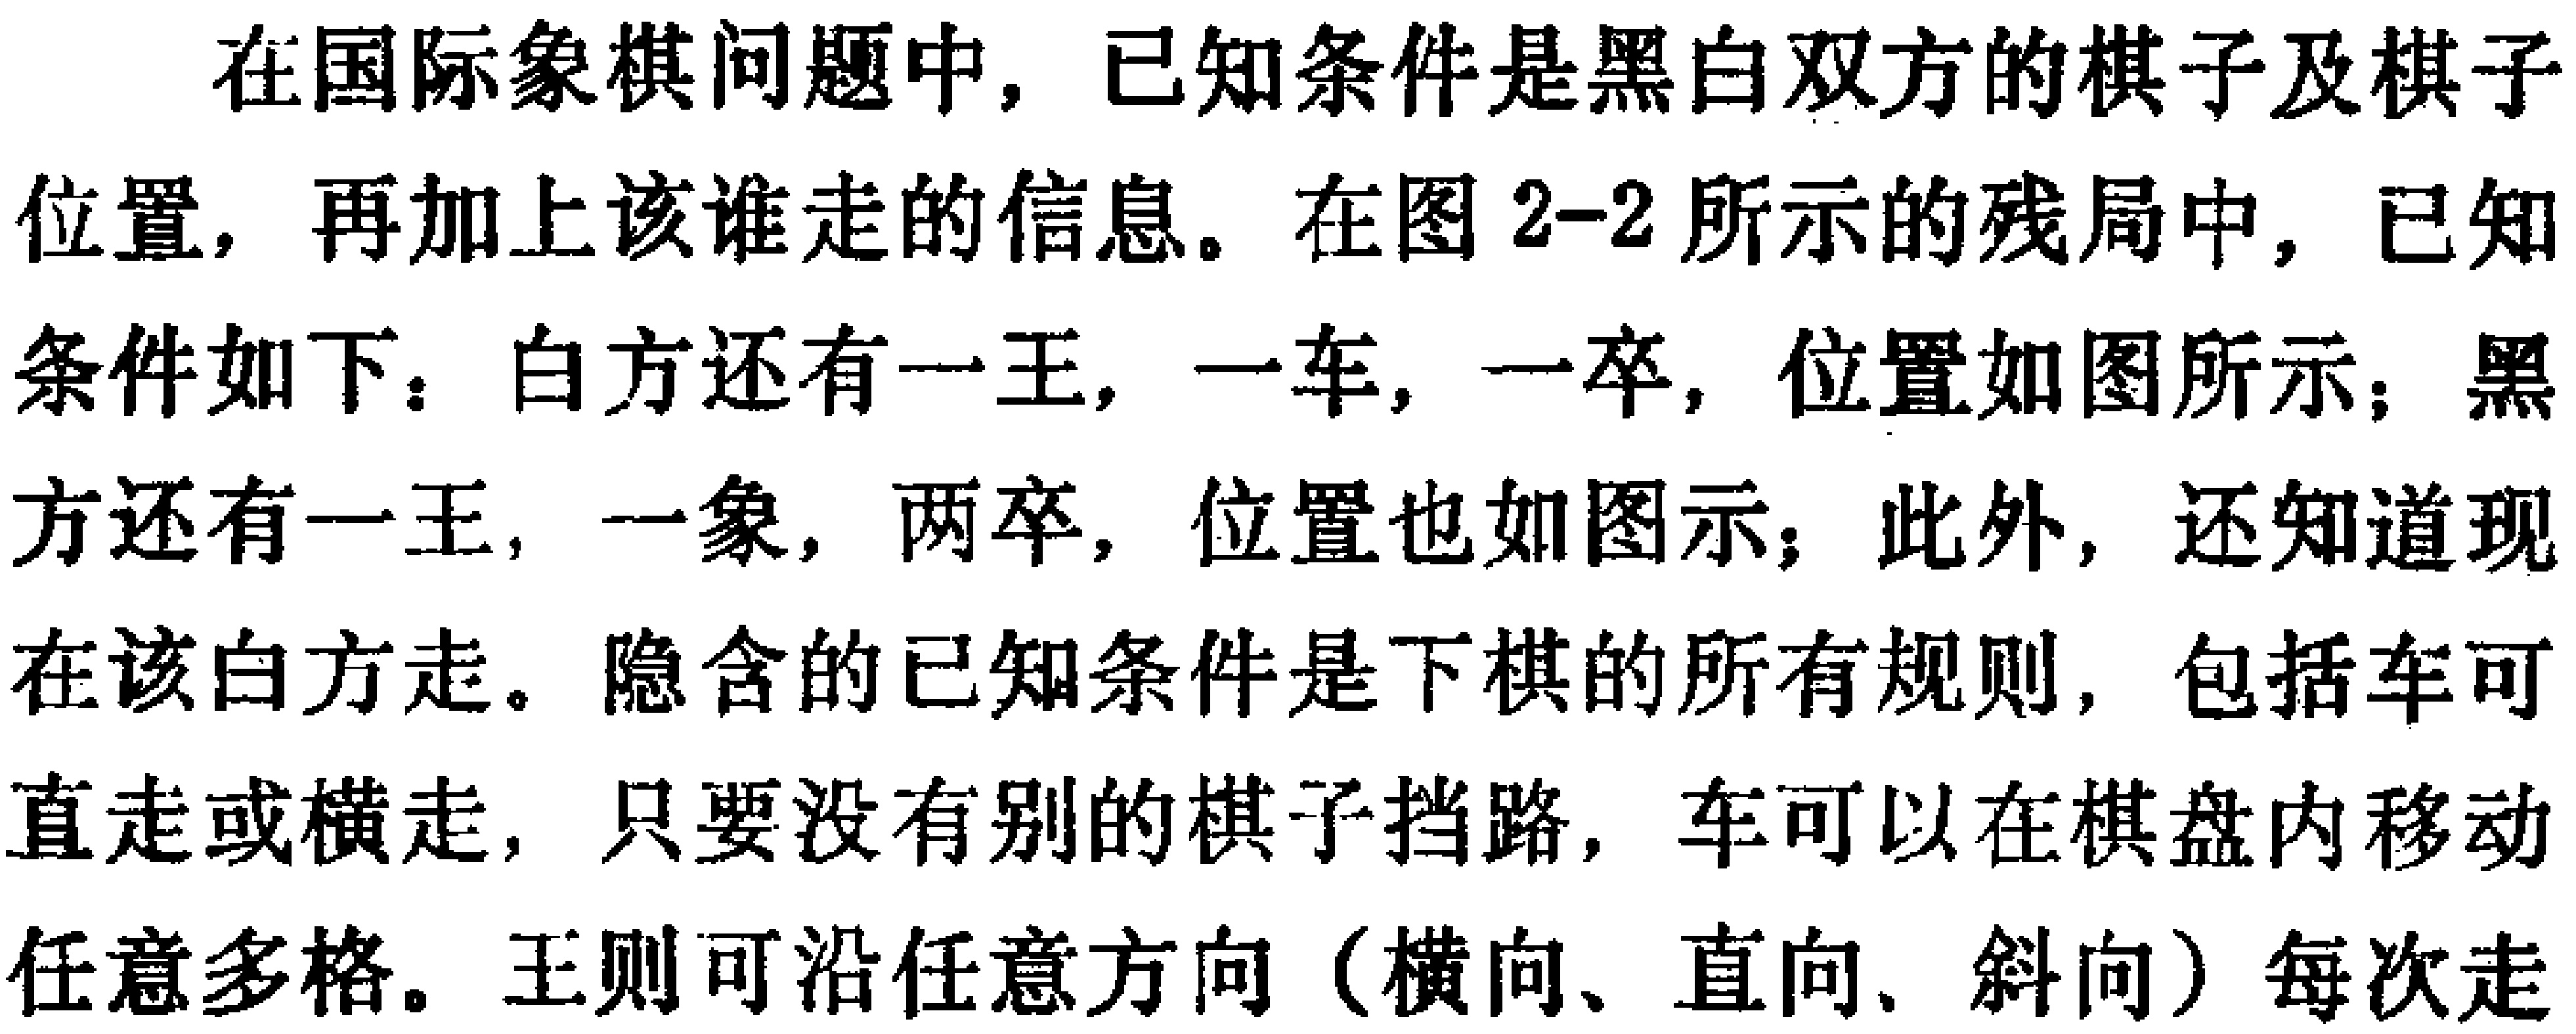
在国际象棋问题中，已知条件是黑白双方的棋子及棋子
位置，再加上该谁走的信息。在图 2-2 所示的残局中，已知
条件如下：白方还有一王，一车，一卒，位置如图所示；黑
方还有一王，一象，两卒，位置也如图示；此外，还知道现
在该白方走。隐含的已知条件是下棋的所有规则，包括车可
直走或横走，只要没有别的棋子挡路，车可以在棋盘内移动
任意多格。王则可沿任意方向（横向、直向、斜向）每次走